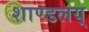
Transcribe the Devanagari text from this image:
शाण्डलय्